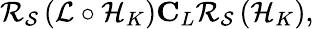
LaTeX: \begin{array}{r}{{\cal{R}_{{\cal{S}}}}\left({\cal{L}}\circ{{\cal{H}}_{K}}\right)\le C_{L}{\cal{R}_{{\cal{S}}}}\left({{\cal{H}}_{K}}\right),}\end{array}